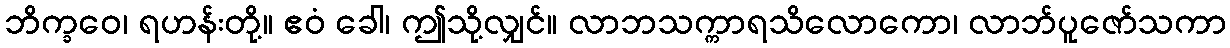
ဘိက္ခဝေ၊ ရဟန်းတို့။ ဧဝံ ခေါ၊ ဤသို့လျှင်။ လာဘသက္ကာရသိလောကော၊ လာဘ်ပူဇော်သကာ